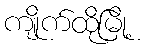
ကျိုက်ထိုမြို့